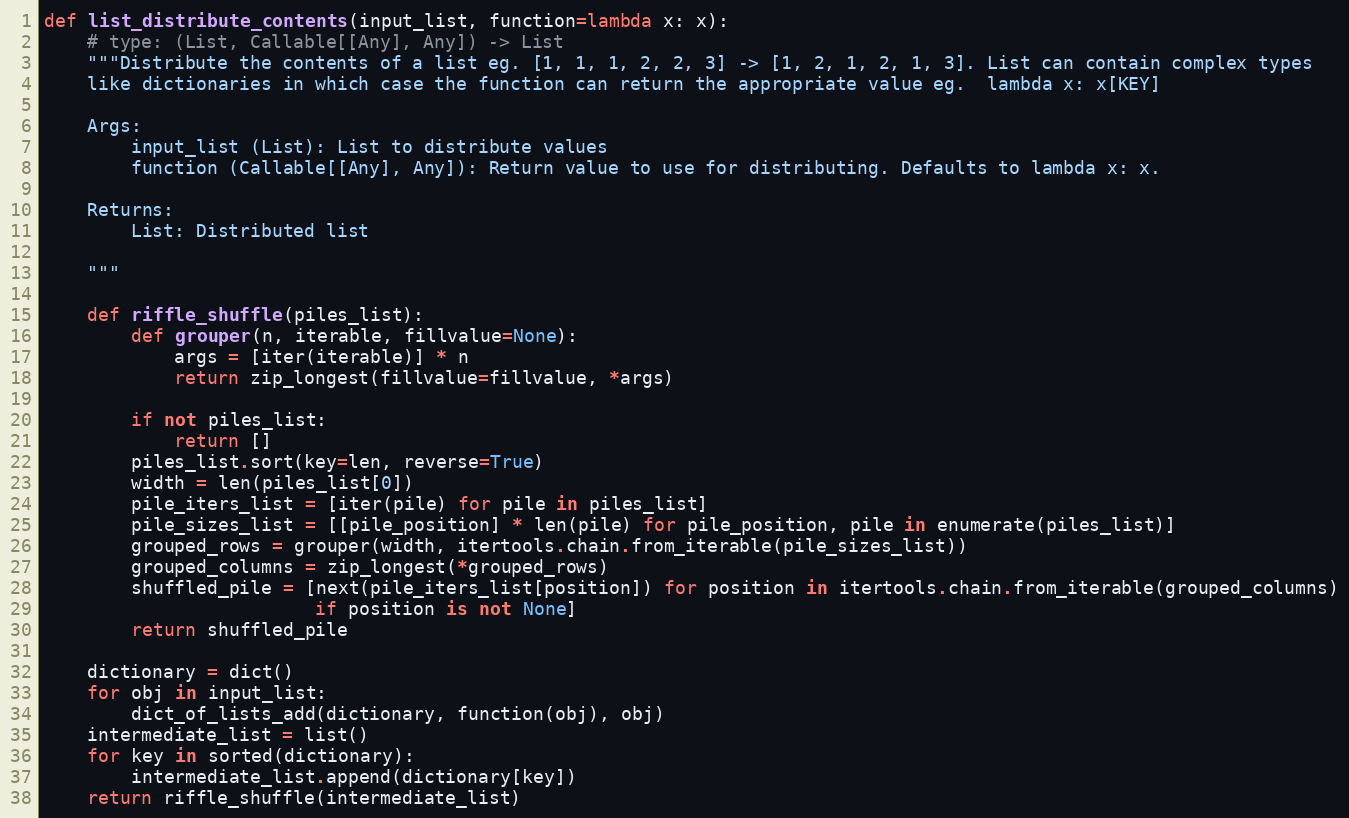
Language: Python
def list_distribute_contents(input_list, function=lambda x: x):
    # type: (List, Callable[[Any], Any]) -> List
    """Distribute the contents of a list eg. [1, 1, 1, 2, 2, 3] -> [1, 2, 1, 2, 1, 3]. List can contain complex types
    like dictionaries in which case the function can return the appropriate value eg.  lambda x: x[KEY]

    Args:
        input_list (List): List to distribute values
        function (Callable[[Any], Any]): Return value to use for distributing. Defaults to lambda x: x.

    Returns:
        List: Distributed list

    """

    def riffle_shuffle(piles_list):
        def grouper(n, iterable, fillvalue=None):
            args = [iter(iterable)] * n
            return zip_longest(fillvalue=fillvalue, *args)

        if not piles_list:
            return []
        piles_list.sort(key=len, reverse=True)
        width = len(piles_list[0])
        pile_iters_list = [iter(pile) for pile in piles_list]
        pile_sizes_list = [[pile_position] * len(pile) for pile_position, pile in enumerate(piles_list)]
        grouped_rows = grouper(width, itertools.chain.from_iterable(pile_sizes_list))
        grouped_columns = zip_longest(*grouped_rows)
        shuffled_pile = [next(pile_iters_list[position]) for position in itertools.chain.from_iterable(grouped_columns)
                         if position is not None]
        return shuffled_pile

    dictionary = dict()
    for obj in input_list:
        dict_of_lists_add(dictionary, function(obj), obj)
    intermediate_list = list()
    for key in sorted(dictionary):
        intermediate_list.append(dictionary[key])
    return riffle_shuffle(intermediate_list)